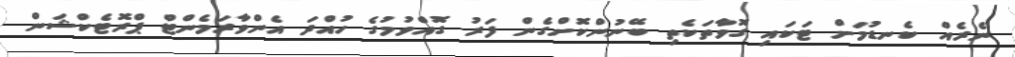
ނެރެއް ކެނޑުމަށް ޓަކައި ގޮވާތަކެތި ބޭނުންކޮށްގެން ފަރު ގޮއްވުމުގެ ހުއްދަ އެންވާރަމެންޓް ޕްރޮޓެކްޝަން